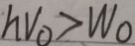
h v _ { 0 } > W _ { 0 }